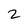
Character: 2